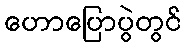
ဟောပြောပွဲတွင်